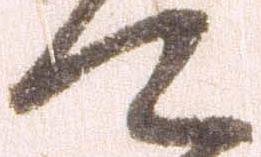
て